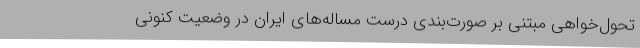
تحول‌خواهی مبتنی بر صورت‌بندی درست مساله‌های ایران در وضعیت کنونی